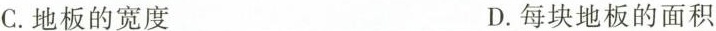
C.地板的宽度 D.每块地板的面积